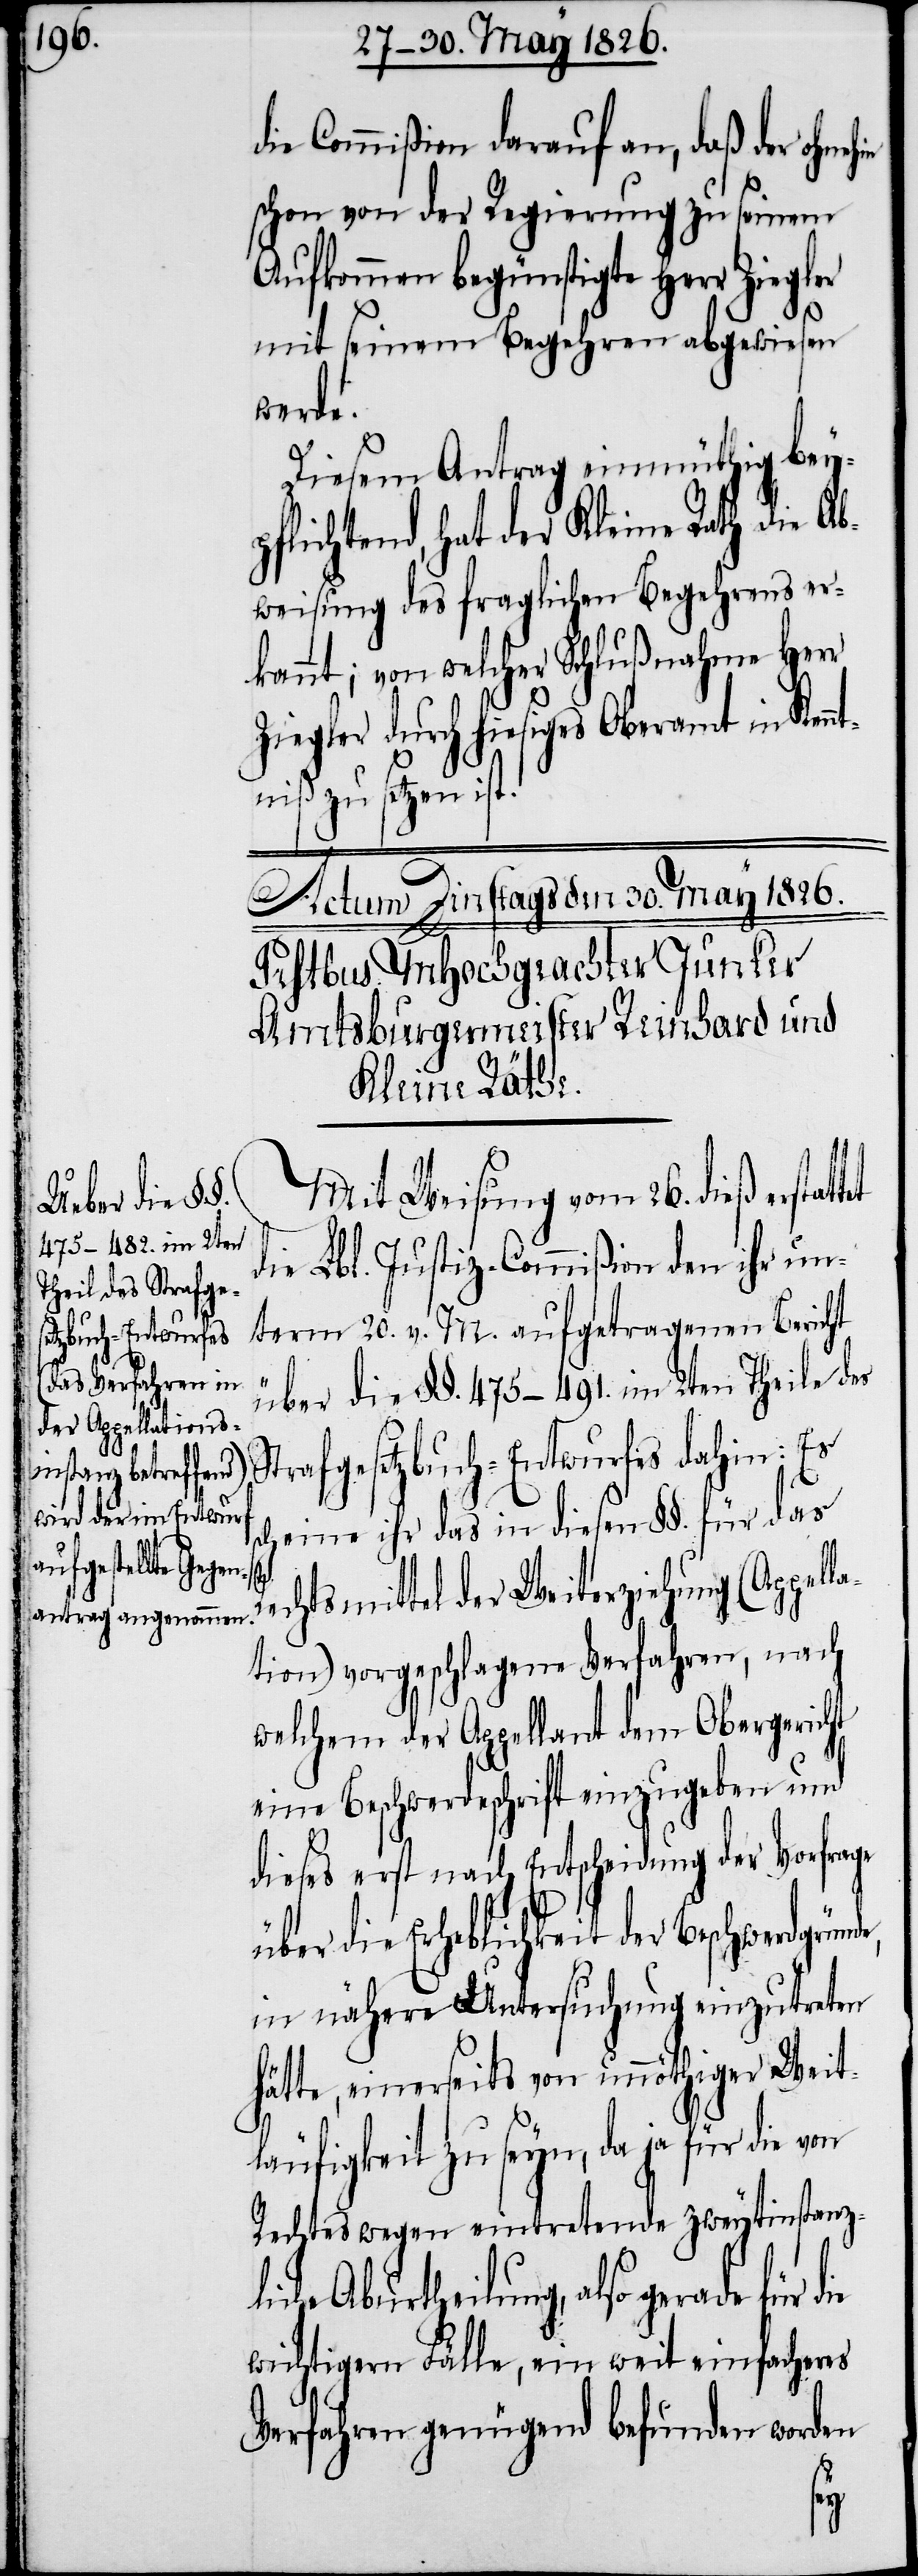
nde,

die Commißion darauf an, daß der ohneh¬
schon von der Regierung zu seinem
Aufkommen begünstigte Herr Ziegler
mit seinem Begehren abgewiesen
werde.
Diesem Antrag einmüthig bey¬
pflichtend, hat der Kleine Rath die A¬
bweisung des fraglichen Begehrens er¬
kannt; von welcher Schlußnahme Herr
Ziegler durch hiesiges Oberamt in Ken¬
niß zu setzen ist.
Mit Weisung vom 26. dieß erst¬
die Lbl. Justiz-Commißion den ihr un¬
term 20. v. M. aufgetragenen Bericht
über die §§. 475–491. im 2ten Theile des
Strafgesetzbuch-Entwurfes dahin: Es
scheine ihr das in diesen §§. für das
echtsmittel der Weiterziehung (Appel¬
tion) vorgeschlagene Verfahren, nach
welchem der Appellant dem Obergericht
eine Beschwerdeschrift einzugeben und
dieses erst nach Entscheidung der Vorfrage
ber die Erheblichkeit der Beschwerdgrü¬
in nähere Untersuchung einzutreten
hätte, einerseits von unnöthiger Weit¬
läufigkeit zu seyn, da ja für die von
Rechtes wegen eintretenden zweytinstanzl¬
iche Aburtheilung, also gerade
wichtigern Fälle, ein weit einfacheres
Verfahren genügend befunden worden
ü¬